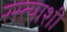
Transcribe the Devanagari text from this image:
रस्त्याशी